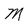
Character: M